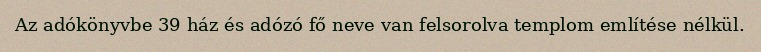
Az adókönyvbe 39 ház és adózó fő neve van felsorolva templom említése nélkül.